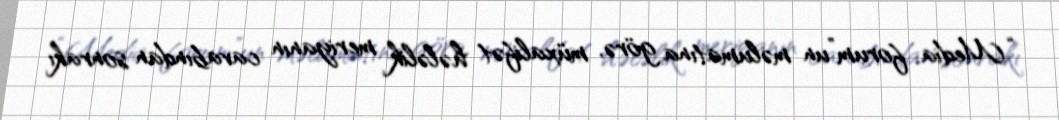
“Media forum”un məlumatına görə, müxalifət hələlik meriyanın cavabından sonrakı